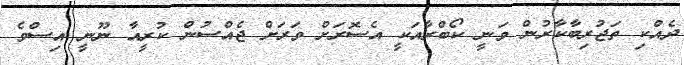
ދެއްކި ތަޖުރިބާކާރުން ވަނީ ކޯބްރާއަކީ އެސޮރަށް ވަރަށް ޖެއްސުން ކުރީއާ ނޫނީ އިސްވެ